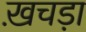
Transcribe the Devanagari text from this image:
ख़चड़ा